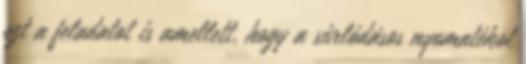
ezt a feladatot is amellett, hogy a súrlódásos nyomatékot